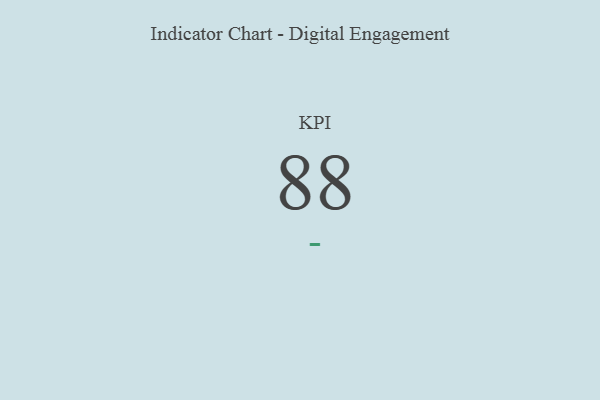
{"axis": {"x": "KPI", "y": "Value"}, "legend": [""], "data": [{"x": "KPI", "y": 88, "type": ""}]}